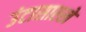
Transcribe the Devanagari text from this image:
उंटासारखे